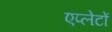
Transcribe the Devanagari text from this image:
एप्लेटों